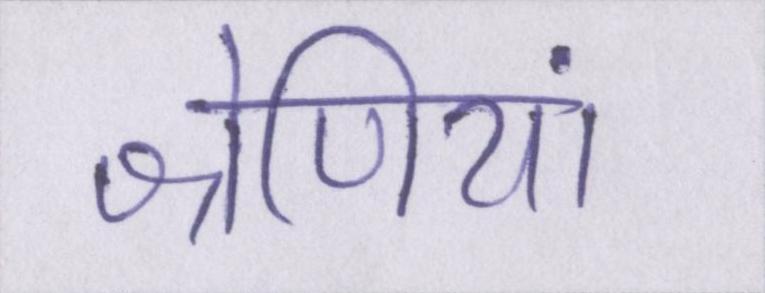
श्रेणियां